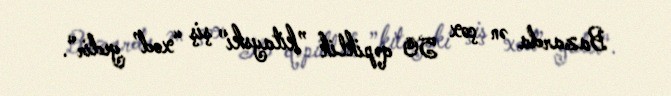
Bazarda ən çox 50 qəpiklik ”kitayski" şiş “xod” gedir".